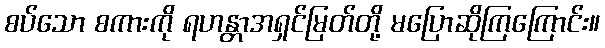
စပ်သော စကားကို ရဟန္တာအရှင်မြတ်တို့ မပြောဆိုကြကြောင်း။